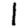
Digit: 1